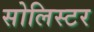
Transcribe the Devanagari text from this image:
सोलिस्टर